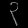
Digit: ၃